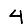
Digit: 4